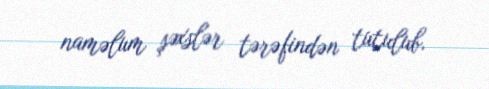
naməlum şəxslər tərəfindən tutulub.